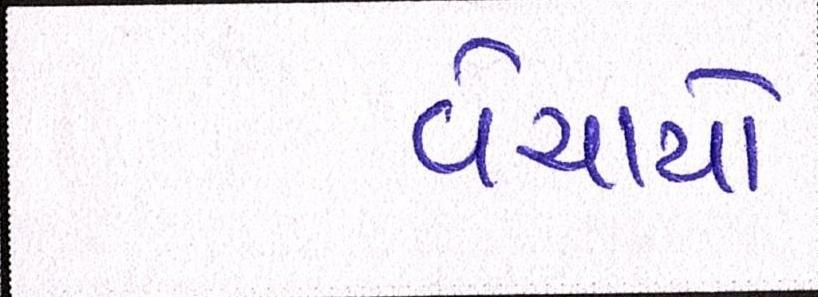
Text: વેચાયો